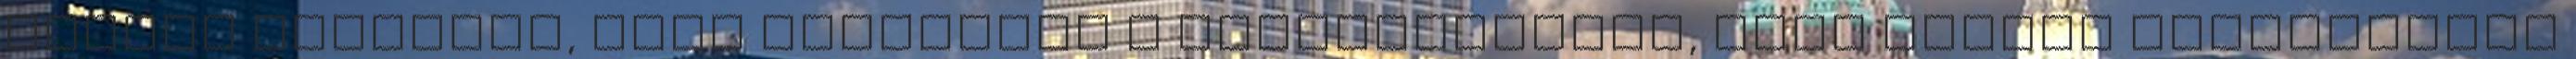
család vállalta, hogy változtat a körülményeken, majd elment szabadságra